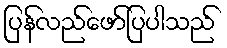
ပြန်လည်ဖော်ပြပါသည်